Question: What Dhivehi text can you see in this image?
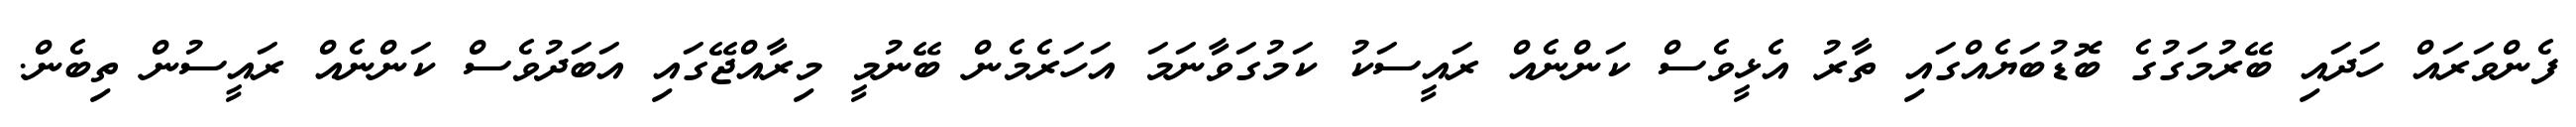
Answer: ފެންވަރައް ހަދައި ބޭރުމަގުގެ ބޮޑުބަޔެއްގައި ތާރު އެޅީވެސް ކަންނެއް ރައީސަކު ކަމުގަވާނަމަ އަހަރެމެން ބޭނުމީ މިރާއްޖޭގައި އަބަދުވެސް ކަންނެއް ރައީސުން ތިބެން.